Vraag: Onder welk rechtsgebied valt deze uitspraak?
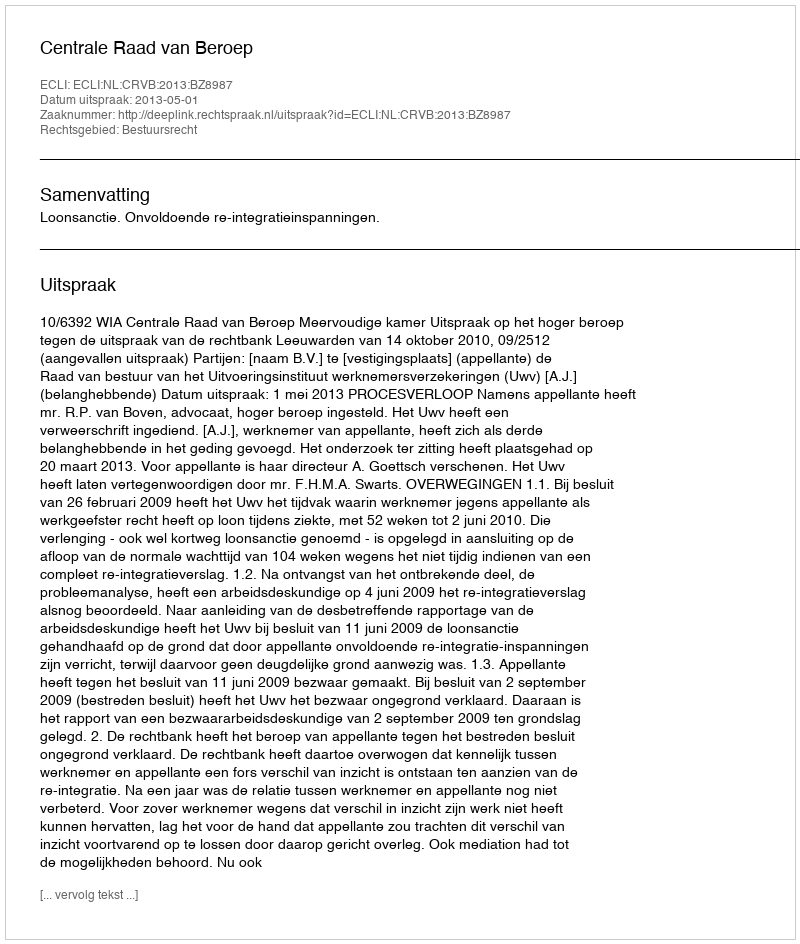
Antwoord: Bestuursrecht